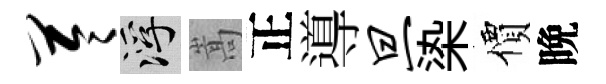
苓浮嵩正導旦𣑱價晩